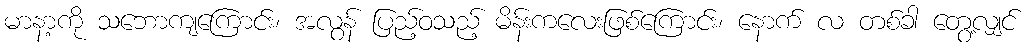
မာနာ့ကို သဘောကျကြောင်း၊ အလွန် ပြည့်ဝသည့် မိန်းကလေးဖြစ်ကြောင်း၊ နောက် လ တစ်ခါ တွေ့လျှင်